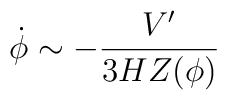
\dot{\phi} \sim - \frac{V^{\prime}}{3 H Z(\phi)}